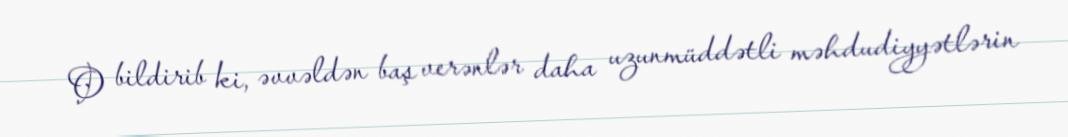
O bildirib ki, əvvəldən baş verənlər daha uzunmüddətli məhdudiyyətlərin